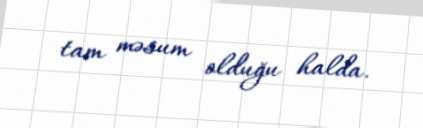
tam məsum olduğu halda.